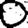
Digit: 0